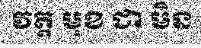
វត្ត មុខ ជា មិន